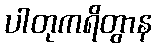
ပါတုကရိတွာန